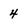
Character: 4